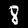
Digit: 8